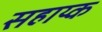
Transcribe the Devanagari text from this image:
सहाय्क